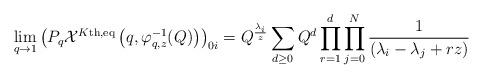
LaTeX: \begin{align*} \lim_{q \to 1} \left( P_q \mathcal{X}^{K\textnormal{th,eq}}\left(q,\varphi_{q,z}^{-1}(Q)\right) \right)_{0i} = Q^\frac{\lambda_i}{z} \sum_{d \geq 0} Q^d \prod_{r=1}^d \prod_{j=0}^N \frac{1}{(\lambda_i-\lambda_j+rz)} \end{align*}